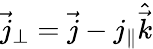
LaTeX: \vec{j}_{\perp}=\vec{j}-j_{\parallel}\hat{\vec{k}}